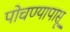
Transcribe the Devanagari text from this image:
पोचण्यापासू